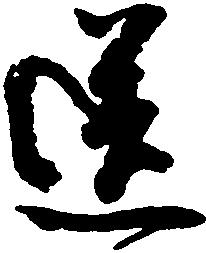
送